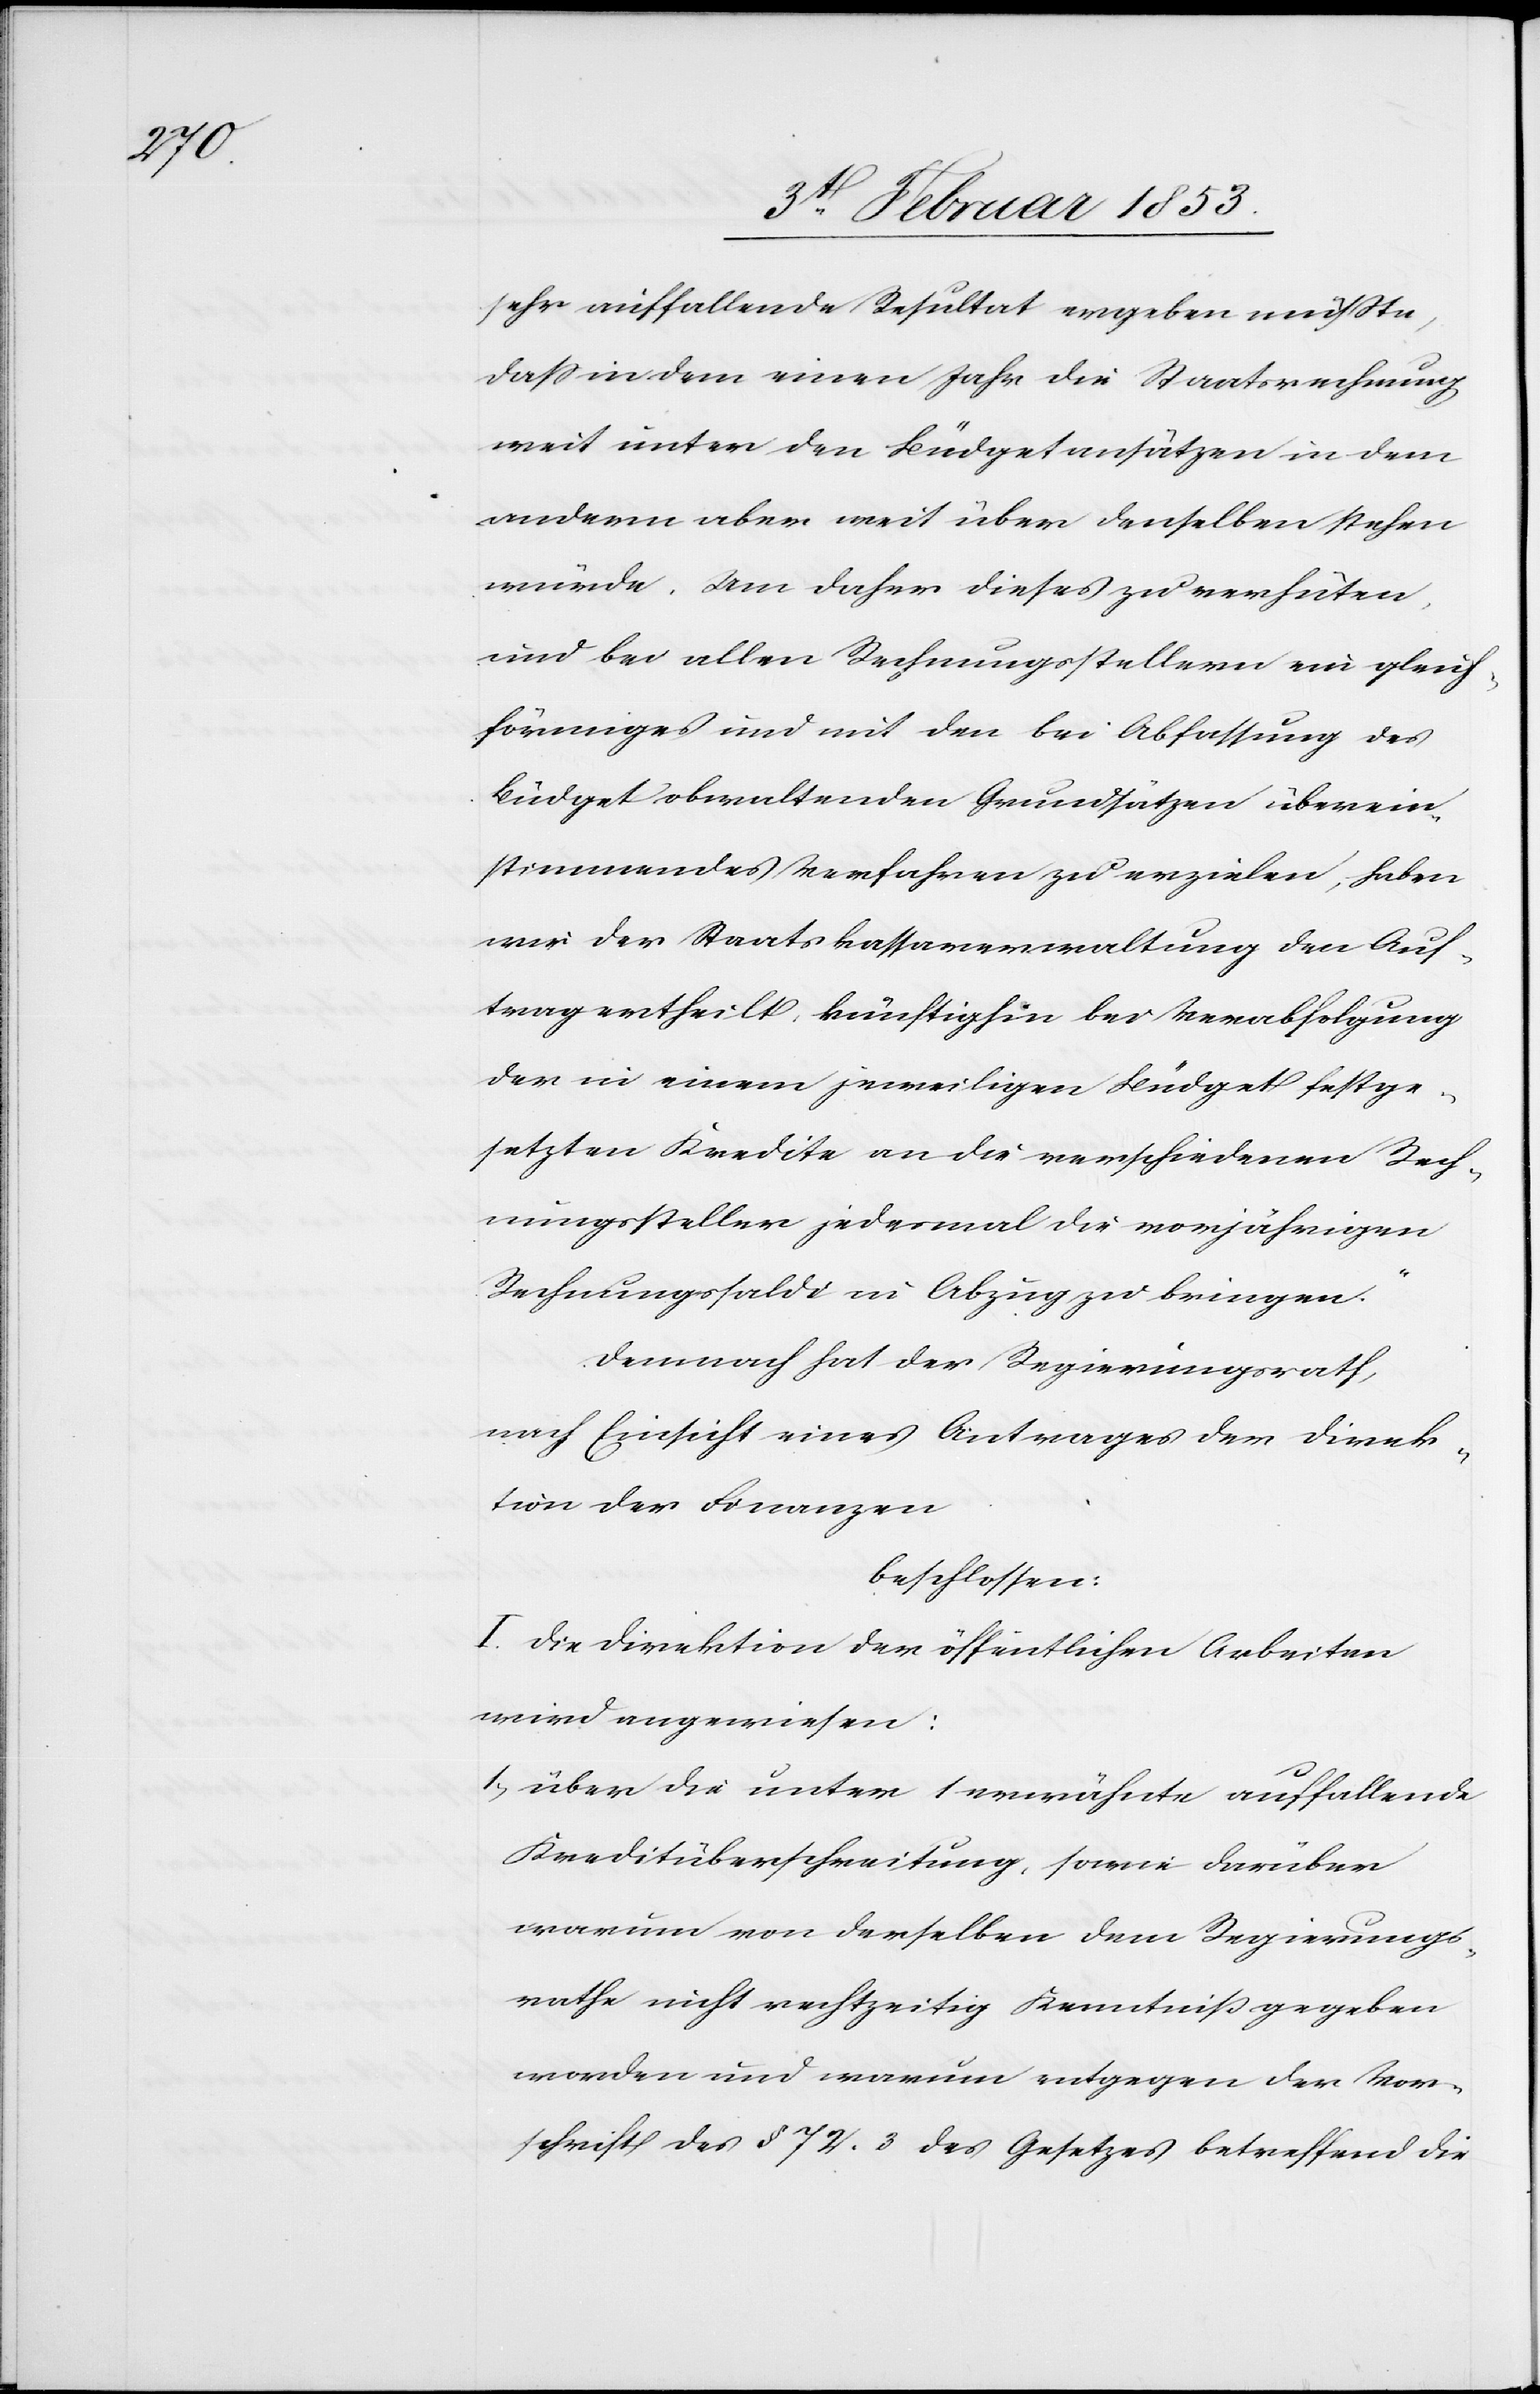
sehr auffallende Resultat ergeben müßte,
daß in dem einen Jahr die Staatsrechnung
weit unter den Büdgetansätzen in dem
andern aber weit über denselben stehen
würde. Um daher dieses zu verhüten,
und bei allen Rechnungsstellern ein gleich¬
förmiges und mit den bei Ablassung des
Büdget obwaltenden Grundsätzen überein¬
stimmendes Verfahren zu erzielen, haben
wir der Staatskassaverwaltung den Auf¬
trag ertheilt, künftighin bei Verabfolgung
der in einem jeweiligen Büdget festge¬
setzten Kredite an die verschiedenen Rech¬
nungsteller jedesmal die vorjährigen
Rechnungssaldo in Abzug zu bringen.“
Demnach hat der Regierungsrath,
nach Einsicht eines Antrages der Direk¬
tion der Finanzen
beschlossen:
I. Die Direktion der öffentlichen Arbeiten
wird angewiesen:
1) über die unter 1 erwähnte auffallende
Kreditüberschreitung, sowie darüber
warum von derselben dem Regierungs¬
rathe nicht rechtzeitig Kenntniß gegeben
worden und warum entgegen der Vor¬
schrift des §. 72. 3 des Gesetzes betreffend die